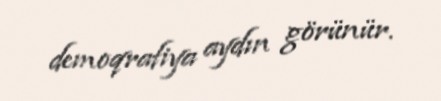
demoqrafiya aydın görünür.